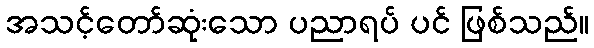
အသင့်တော်ဆုံးသော ပညာရပ် ပင် ဖြစ်သည်။